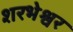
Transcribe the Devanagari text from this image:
शरभेश्वर